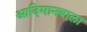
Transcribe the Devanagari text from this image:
आदिमानवाला